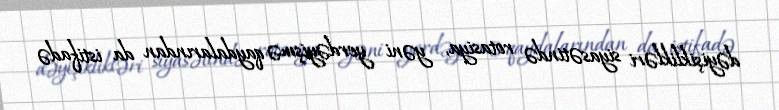
dəyişiklikləri siyasətində rotasiya, yəni yerdəyişmə qaydalarından da istifadə